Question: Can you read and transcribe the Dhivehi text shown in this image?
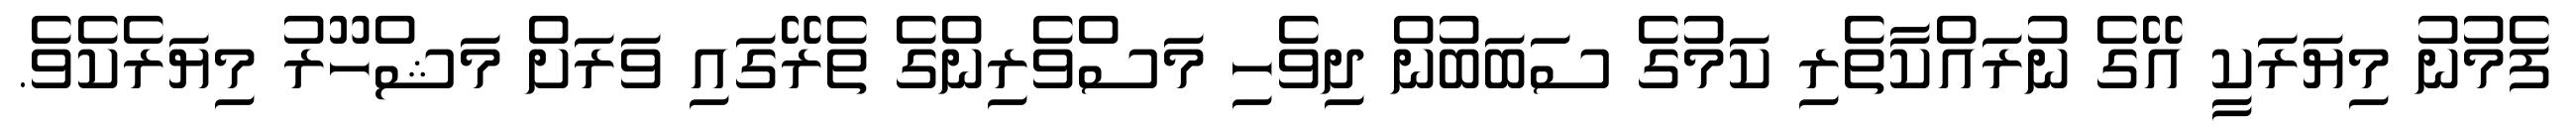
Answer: ފެމުނު މިޔަރަކީ އޭގެ ނުރައްކާތެރި ކަމުގެ ސަބަބުން ދިވެހި މަސްވެރިންގެ ތެރޭގައި ވަރަށް މަޝްހޫރު މިޔަރެކެވެ.